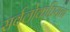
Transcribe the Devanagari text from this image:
सर्वलोकप्रियता